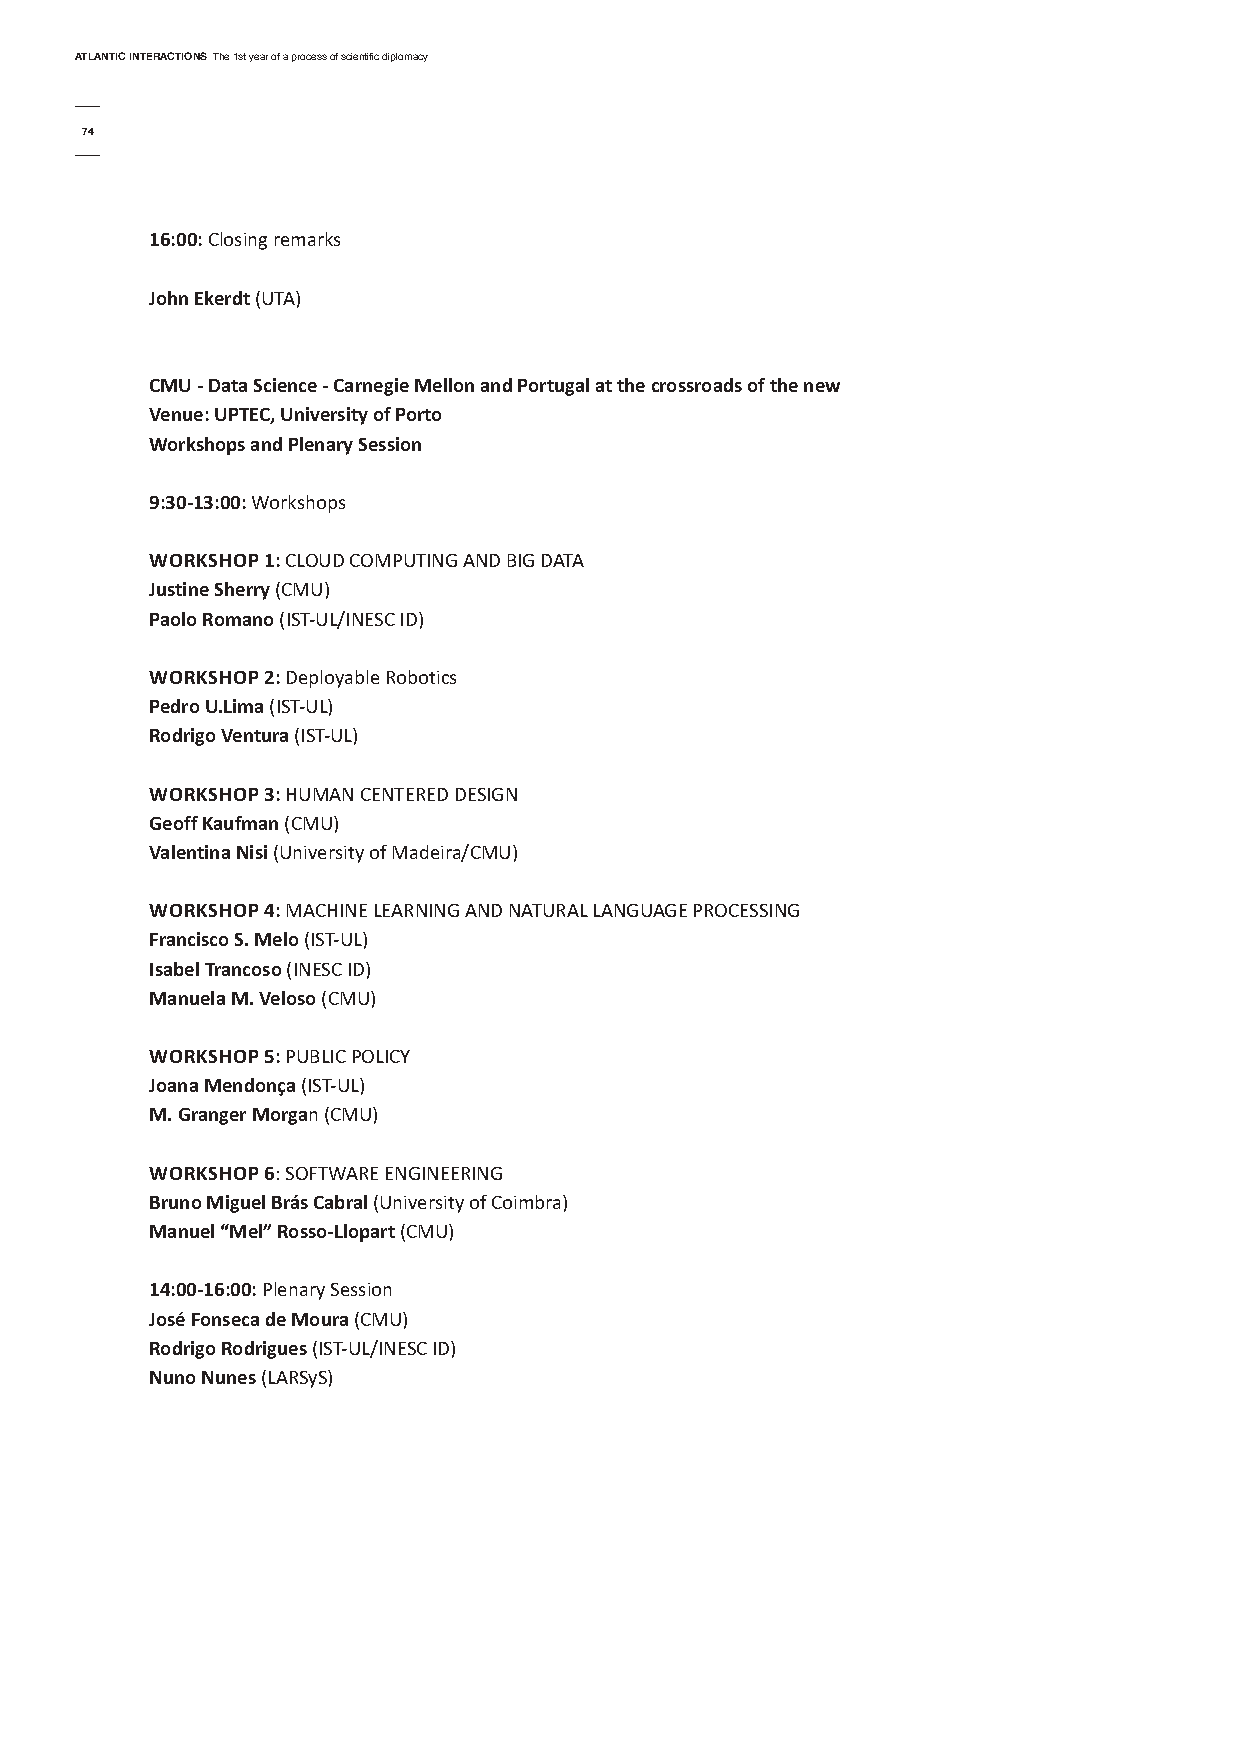
AtlAntic interActionsThe 1st year of a process of scientific diplomacy
 74
 16:00:Closing remarks
 John ekerdt (UTA)
 cMu - data science - carnegie Mellon and Portugal at the crossroads of the new
 Venue: uPtec, university of Porto
 Workshops and Plenary session
 9:30-13:00:Workshops
 WorKsHoP 1:CLOUD COMPUTING AND BIG DATA
 Justine sherry(CMU)
 Paolo romano (IST-UL/INESC ID)
 WorKsHoP 2:Deployable Robotics
 Pedro u.Lima (IST-UL)
 rodrigo Ventura (IST-UL)
 WorKsHoP 3:HUMAN CENTERED DESIGN
 Geoff Kaufman (CMU)
 Valentina nisi (University of Madeira/CMU)
 WorKsHoP 4:MACHINE LEARNING AND NATURAL LANGUAGE PROCESSING
 francisco s. Melo (IST-UL)
 isabel trancoso (INESC ID)
 Manuela M. Veloso (CMU)
 WorKsHoP 5:PUBLIC POLICy
 Joana Mendonça (IST-UL)
 M. Granger Morgan (CMU)
 WorKsHoP 6: SOFTWARE ENGINEERING
 bruno Miguel brás cabral (University of Coimbra)
 Manuel “Mel” rosso-Llopart (CMU)
 14:00-16:00:Plenary Session
 José fonseca de Moura (CMU)
 rodrigo rodrigues (IST-UL/INESC ID)
 nuno nunes (LARSyS)